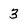
Character: 3